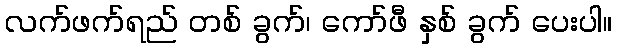
လက်ဖက်ရည် တစ် ခွက်၊ ကော်ဖီ နှစ် ခွက် ပေးပါ။